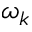
\omega _ { k }